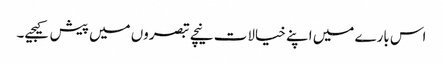
اس بارے میں اپنے خیالات نیچے تبصروں میں پیش کیجیے۔